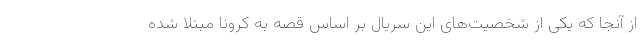
از آنجا که یکی از شخصیت‌های این سریال بر اساس قصه به کرونا مبتلا شده